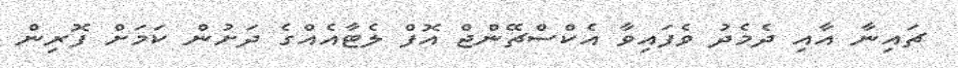
ޗައިނާ އާއި ދެމެދު ވެފައިވާ އެކްސްޗޭންޖް އޮފް ލެޓާއެއްގެ ދަށުން ކަމަށް ފޮރިން